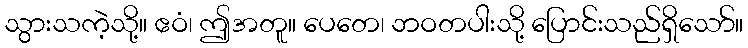
သွားသကဲ့သို့။ ဧဝံ၊ ဤအတူ။ ပေတေ၊ ဘဝတပါးသို့ ပြောင်းသည်ရှိသော်။